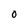
Character: 0